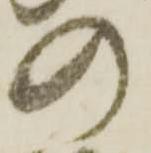
の